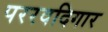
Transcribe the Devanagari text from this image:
पररवदिगार